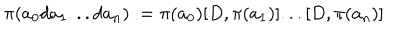
\pi ( a _ { 0 } d a _ { 1 } . . . d a _ { n } ) : = \pi ( a _ { 0 } ) [ D , \pi ( a _ { 1 } ) ] . . . [ D , \pi ( a _ { n } ) ]